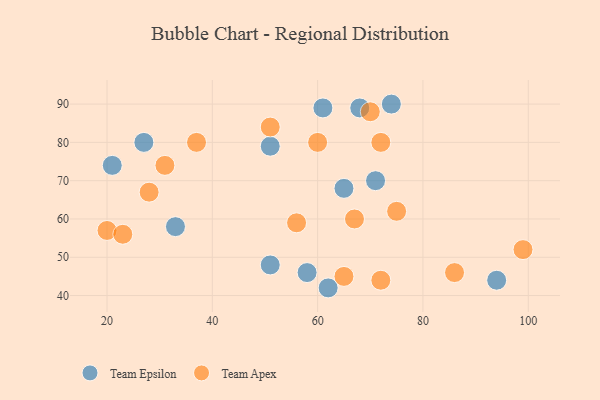
{"axis": {"x": "GDP", "y": "Life Expectancy"}, "legend": ["Team Apex", "Team Epsilon"], "data": [{"x": "62", "y": 42, "type": "Team Epsilon"}, {"x": "74", "y": 90, "type": "Team Epsilon"}, {"x": "58", "y": 46, "type": "Team Epsilon"}, {"x": "33", "y": 58, "type": "Team Epsilon"}, {"x": "68", "y": 89, "type": "Team Epsilon"}, {"x": "21", "y": 74, "type": "Team Epsilon"}, {"x": "61", "y": 89, "type": "Team Epsilon"}, {"x": "94", "y": 44, "type": "Team Epsilon"}, {"x": "51", "y": 48, "type": "Team Epsilon"}, {"x": "65", "y": 68, "type": "Team Epsilon"}, {"x": "51", "y": 79, "type": "Team Epsilon"}, {"x": "71", "y": 70, "type": "Team Epsilon"}, {"x": "27", "y": 80, "type": "Team Epsilon"}, {"x": "37", "y": 80, "type": "Team Apex"}, {"x": "99", "y": 52, "type": "Team Apex"}, {"x": "72", "y": 44, "type": "Team Apex"}, {"x": "56", "y": 59, "type": "Team Apex"}, {"x": "67", "y": 60, "type": "Team Apex"}, {"x": "60", "y": 80, "type": "Team Apex"}, {"x": "20", "y": 57, "type": "Team Apex"}, {"x": "86", "y": 46, "type": "Team Apex"}, {"x": "28", "y": 67, "type": "Team Apex"}, {"x": "70", "y": 88, "type": "Team Apex"}, {"x": "31", "y": 74, "type": "Team Apex"}, {"x": "72", "y": 80, "type": "Team Apex"}, {"x": "51", "y": 84, "type": "Team Apex"}, {"x": "65", "y": 45, "type": "Team Apex"}, {"x": "23", "y": 56, "type": "Team Apex"}, {"x": "75", "y": 62, "type": "Team Apex"}]}